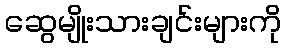
ဆွေမျိုးသားချင်းများကို